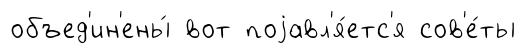
объед'ин'ены́ вот поjавл'я́етс'я сов'е́ты